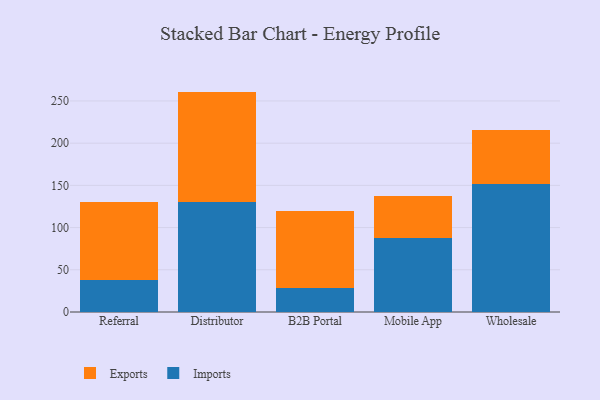
{"axis": {"x": "Channel", "y": "Bounce Rate (%)"}, "legend": ["Exports", "Imports"], "data": [{"x": "Referral", "y": 38.2, "type": "Imports"}, {"x": "Referral", "y": 91.9, "type": "Exports"}, {"x": "Distributor", "y": 130.1, "type": "Imports"}, {"x": "Distributor", "y": 131.0, "type": "Exports"}, {"x": "B2B Portal", "y": 28.7, "type": "Imports"}, {"x": "B2B Portal", "y": 91.0, "type": "Exports"}, {"x": "Mobile App", "y": 87.2, "type": "Imports"}, {"x": "Mobile App", "y": 49.8, "type": "Exports"}, {"x": "Wholesale", "y": 152.2, "type": "Imports"}, {"x": "Wholesale", "y": 63.5, "type": "Exports"}]}